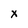
Character: x